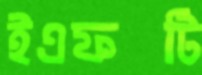
ইএফটি